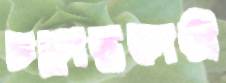
চক্রান্তকারী